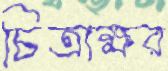
চিত্রাক্ষর